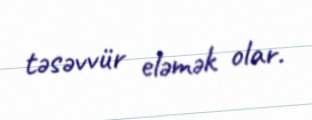
təsəvvür eləmək olar.